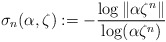
\begin{align*} \sigma_{n}(\alpha, \zeta):= -\frac{\log \Vert \alpha \zeta^{n} \Vert}{\log (\alpha\zeta^{n})}\end{align*}